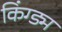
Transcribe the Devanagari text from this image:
किंग्ड्म